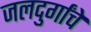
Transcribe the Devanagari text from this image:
जलदुर्गांचे